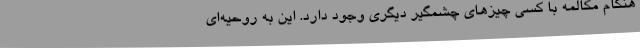
هنگام مکالمه با کسی چیزهای چشمگیر دیگری وجود دارد. این به روحیه‌ای